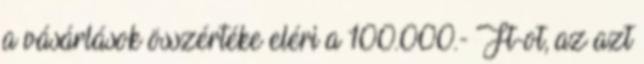
a vásárlások összértéke eléri a 100.000.- Ft-ot, az azt